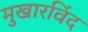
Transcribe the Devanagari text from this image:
मुखारविंद